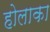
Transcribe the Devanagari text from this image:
होलाका